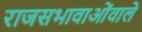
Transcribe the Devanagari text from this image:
राजसभावाओंवाले